Magi,_Artur, lk 28
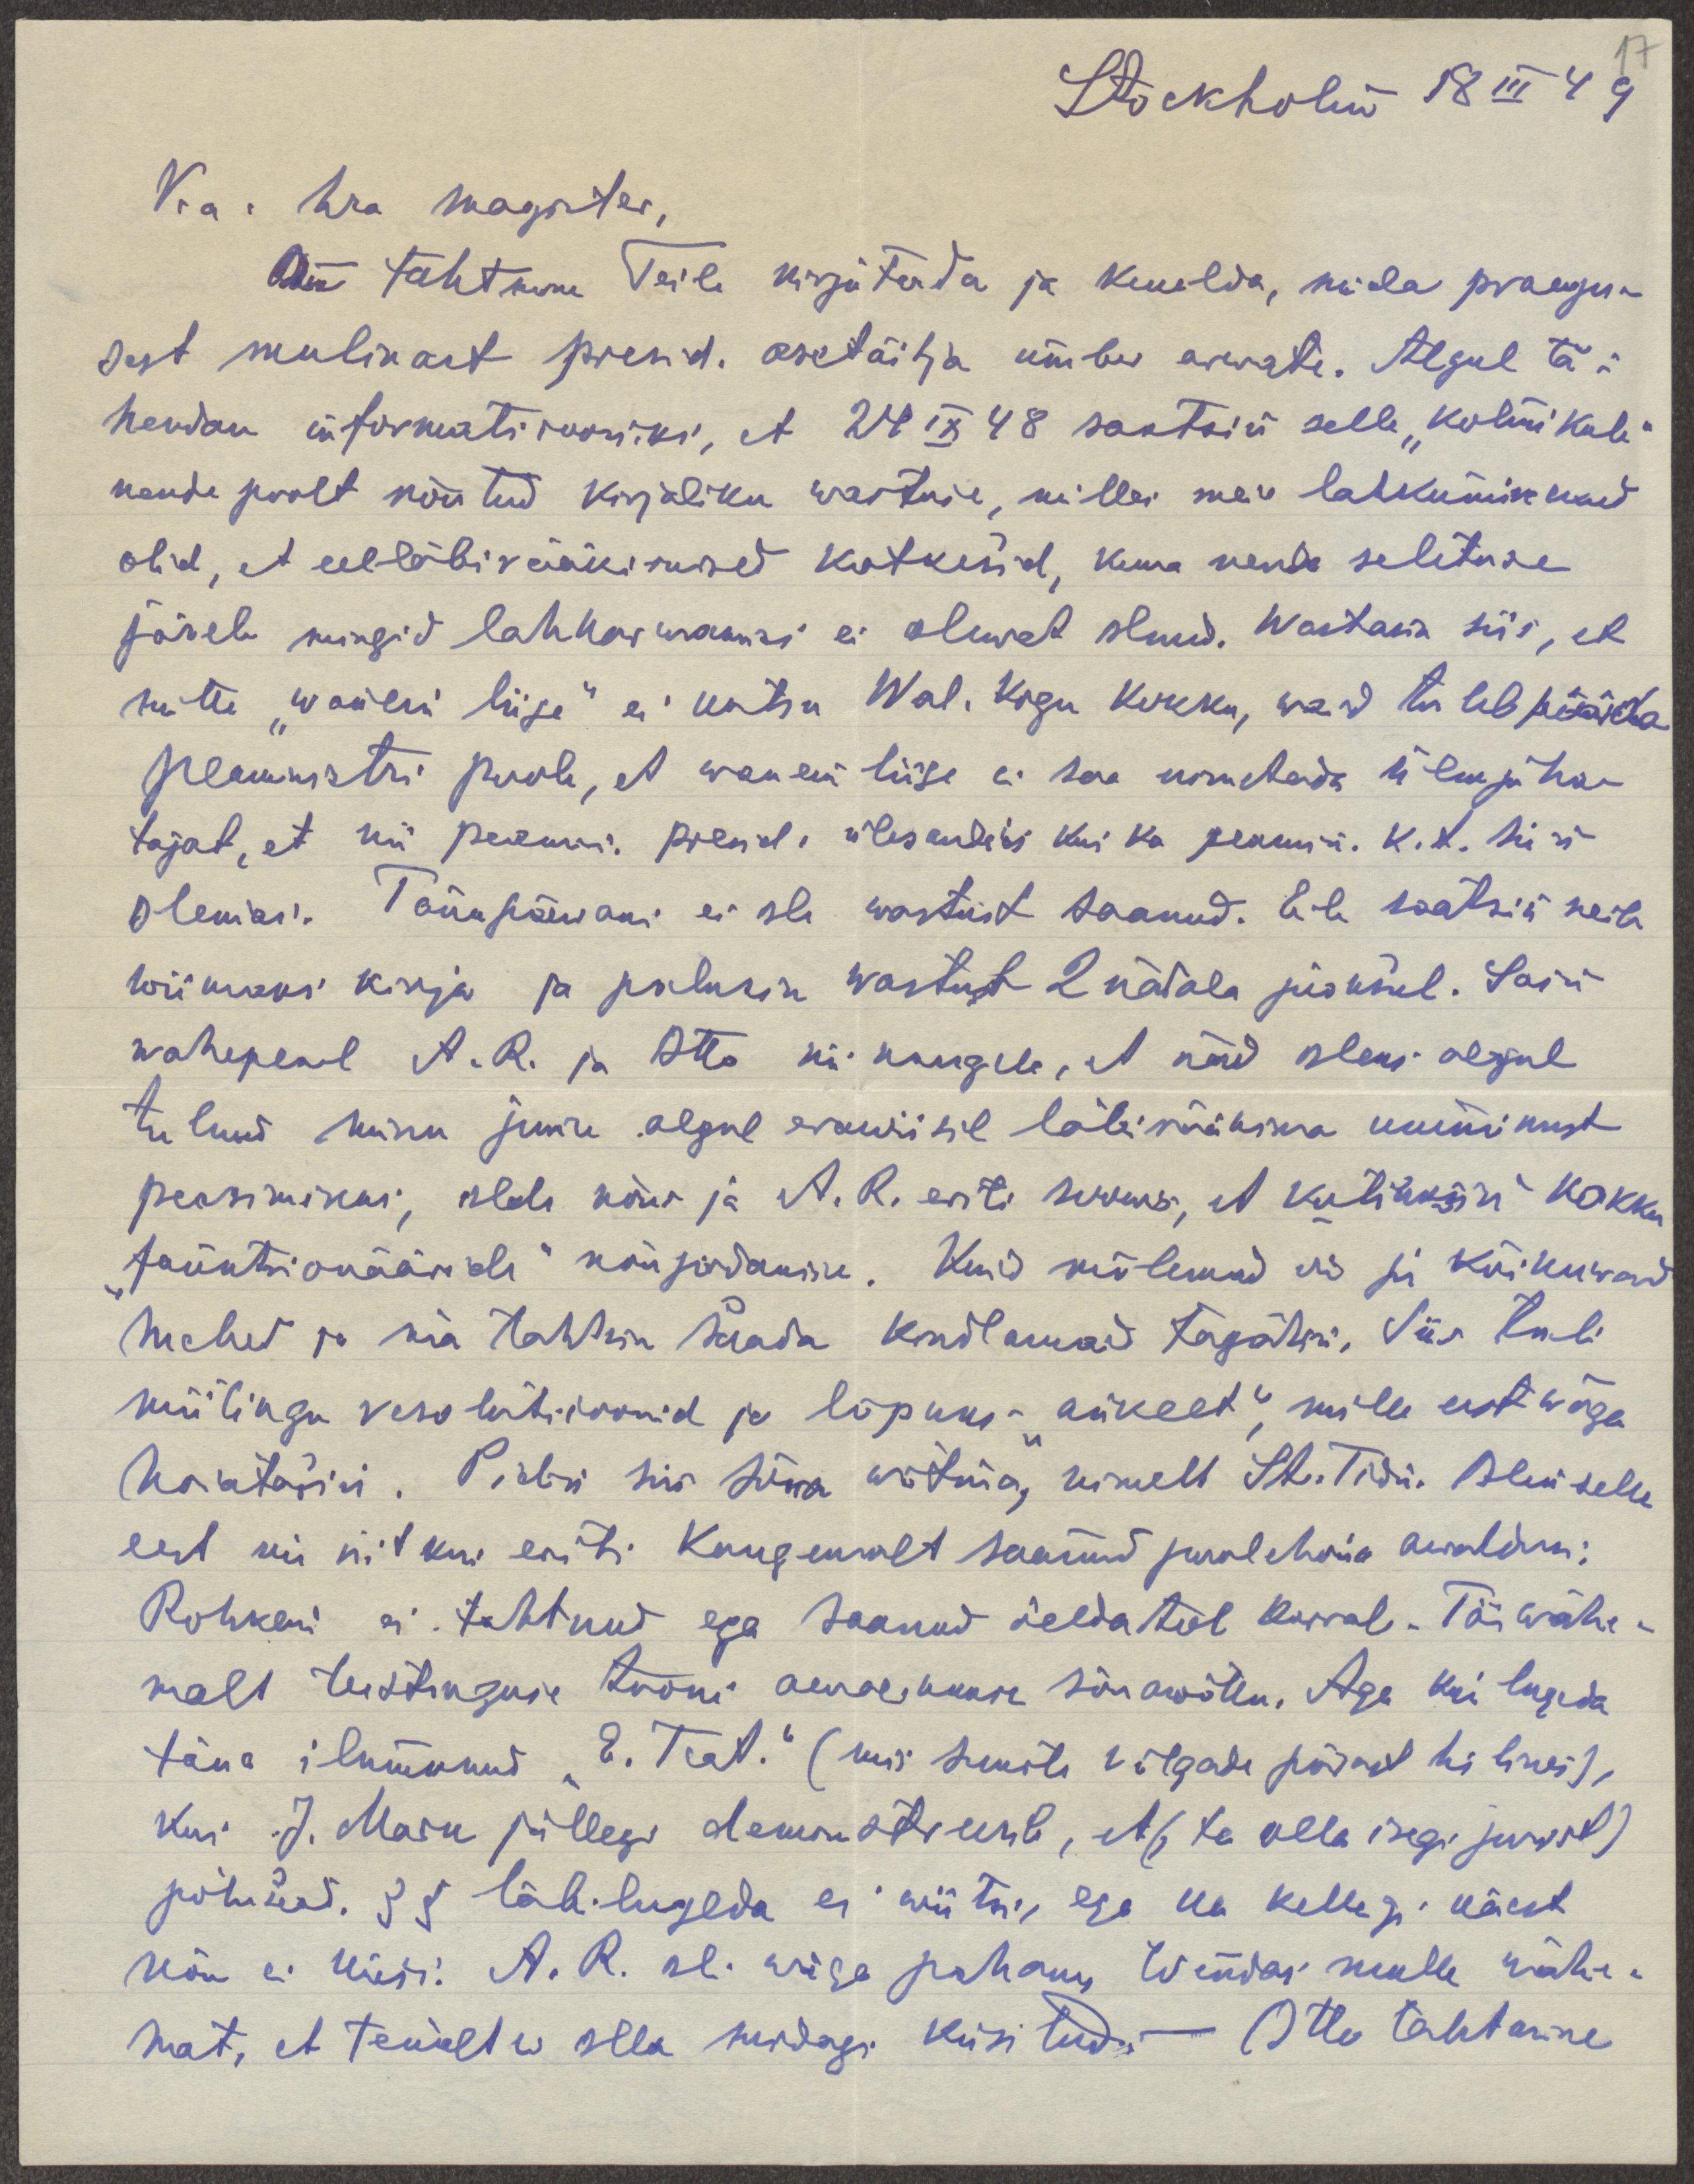
Stockholm 18 III 49
V.a. hra Magister,
On tahtmine Teile kirjutada ja kuulda, mida praegu-
sest mulinast presid. asetäitja ümber arwate. Algul tä-
hendan informatsiooniks, et 24 IX 48 saatsin selle "kolmikule"
nende poolt nõutud kirjaliku wastuse, milles meie lahkuminekud
olid, et eelläbirääkimised katkesid, kuna nende seletuse
järele mingid lahkarwamisi ei olewat olnud. Wastasin siis, et
mitte "wanem liige" ei kutsu Wal. Kogu kokku, waid tuleb püüda
peaministri poole, et wanem liige ei saa nimetada ülemjuha-
tajat, et nii peamin. presid. ülesandeis kui ka peamin. k.t. kiri
olemas. Tänapäewani ei ole wastust saanud. Eile saatsin neile
wiimaks kirja ja palusin wastust 2 nädala jooksul. Sain
wahepeal A.R. ja Otto nii kaugele, et nad oleks algul
tulnud minu juure algul erawiisil läbirääkima ummikust
peasinikus, oldi nõus ja A. R. eriti soowis,et kutsuksin kokku
"funktsionääride" nõupidamise. Kuid mõlemad on ju kõikuwad
mehed ja ma tahtsin saada kindlamaid tagatisi. Siis tuli
miitingu resolutsioonid ja lõpuks "ankeet" mille eest wäga
hoiatasin. Pidin siis sõna wõtma, nimelt St. Tidn. Olen selle
eest nii siit kui eriti kaugemalt saanud poolehoiu awaldusi.
Rohkem ei tahtnud ega saanud öelda tol korral. Tõi wähe-
malt teistsuguse tooni awalikkuse sõnawõttu. Aga kui lugeda
täna ilmunud "E. Teat." (mis suurte võlgade pärast hilines),
kui J. Mark  jällegi demonstreerib, et (ta olla isegi jurist)
põhisead. 35 läbi lugeda ei wiitsi, ega ka kellegi käest
nõu ei küsi. A.R oli wäga pahane tõendas mulle wähe-
mat, et temalt ei olla midagi küsitud,- Otto tahtmine